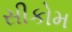
સીકોમ